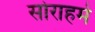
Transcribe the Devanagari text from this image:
सोराहमे